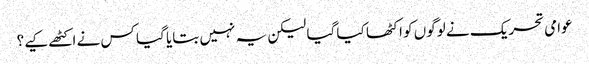
عوامی تحریک نے لوگوں کو اکٹھا کیا گیا لیکن یہ نہیں بتایا گیا کس نے اکٹھے کیے؟